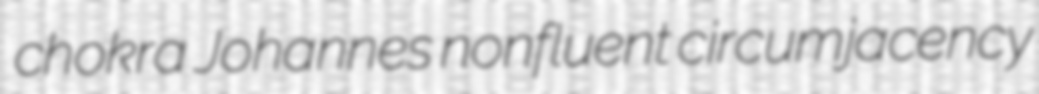
chokra Johannes nonfluent circumjacency